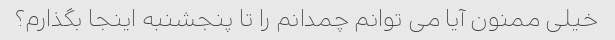
خیلی ممنون آیا می توانم چمدانم را تا پنجشنبه اینجا بگذارم؟